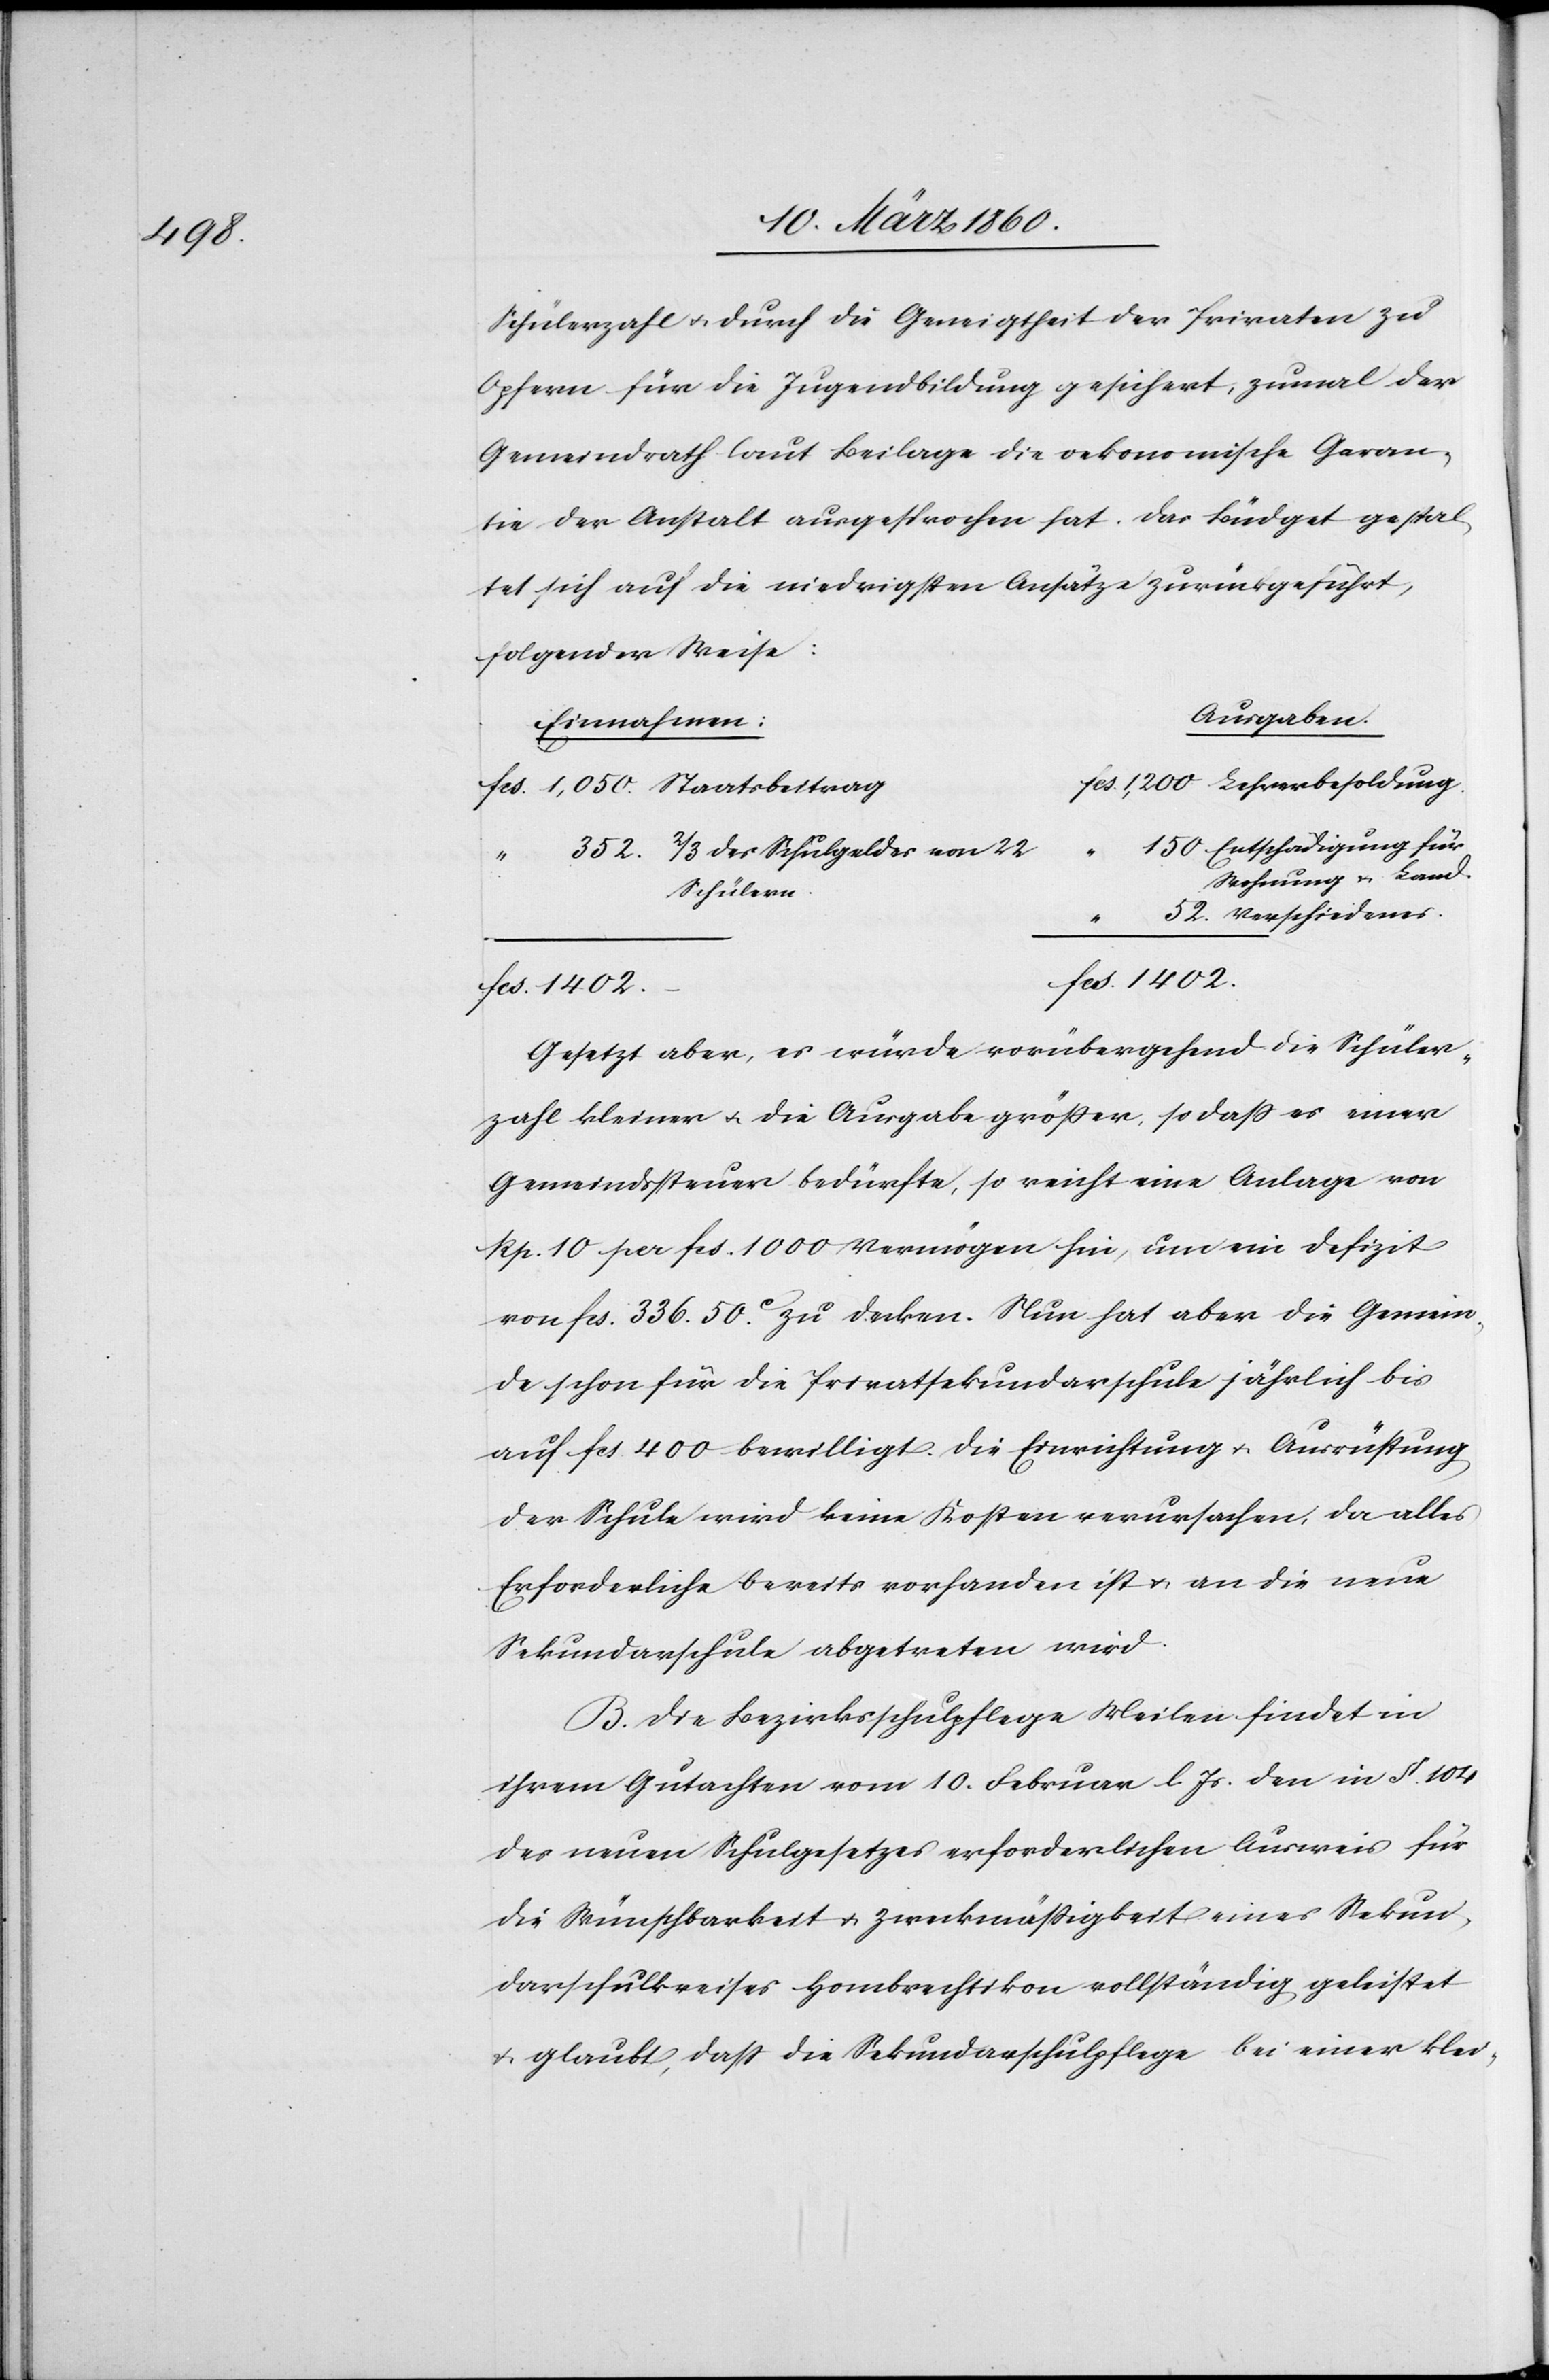
1402.

Schülerzahl u. durch die Geneigtheit der Privaten zu
Opfern für die Jugendbildung gesichert, zumal der
Gemeindrath laut Beilage die oekonomische Garan¬
tie der Anstalt ausgesprochen hat. Das Büdget gestal¬
tet sich auf die niedrigsten Ansätze zurückgeführt,
folgender Weise:
Ausgaben
Einnahmen
Entschädigung für
2/3 der Schulgelder von
52.
Rechnung u. Land.
Schülern
“
Gesetzt aber, es würde vorübergehend die Schüler¬
zahl kleiner u. die Ausgabe größer, so dass es einer
Gemeindssteuer bedürfe, so reicht eine Anlage von
Rp. 10 pr. fcs. 1000 Vermögen hin, um ein Defizit
von fcs. 336. 50C zu decken. Nur hat aber die Gemein¬
de schon für die Privatsekundarschule jährlich bis
auf fcs. 400 bewilligt. Die Einrichtung u. Ausrüstung
der Schule wird keine Kosten verursachen, da alles
Erforderliche Bereits vorhanden ist u. an die neue
Sekundarschule abgetreten wird.
B. Die Bezirksschulpflege Meilen findet in
ihrem Gutachten vom 10. Februar l. Js. den in §. 104
des neuen Schulgesetzes erforderlichen Auswies für
die Wünschbarkeit u. Zweckmässigkeit eines Sekun¬
darschulkreises Hombrechtikon vollständig geleistet
u. glaubt, dass die Sekundarschulpflege bei einer klei-